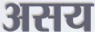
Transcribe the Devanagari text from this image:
असय